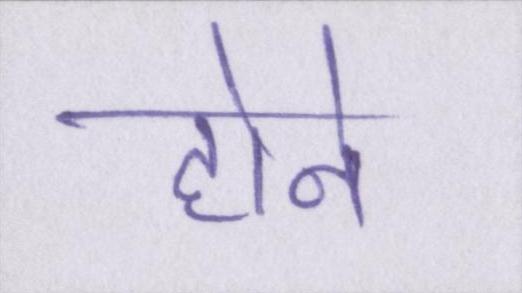
होने